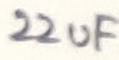
Text: 22uF